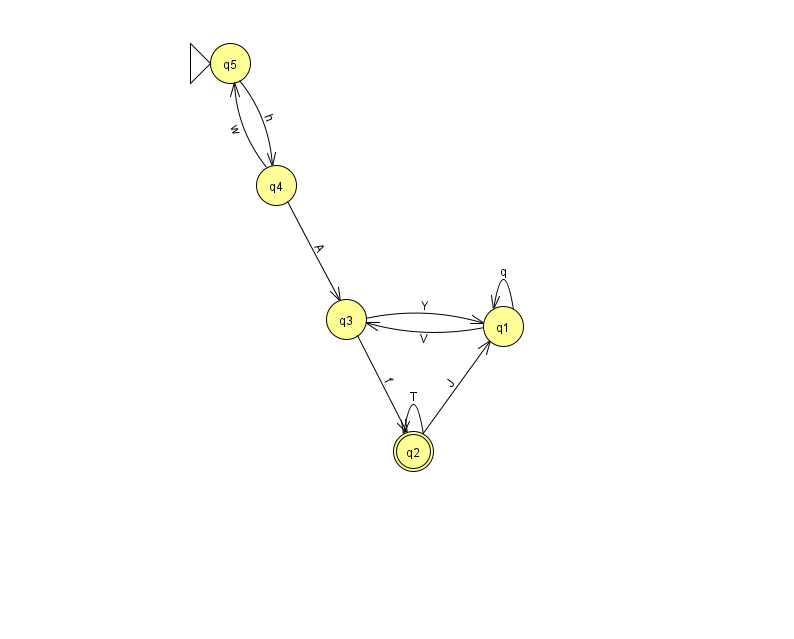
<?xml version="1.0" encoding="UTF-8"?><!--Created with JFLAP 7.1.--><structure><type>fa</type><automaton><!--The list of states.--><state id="1" name="q1"><x>503.0</x><y>313.0</y></state><state id="2" name="q2"><x>413.0</x><y>438.0</y><final/></state><state id="3" name="q3"><x>346.0</x><y>306.0</y></state><state id="4" name="q4"><x>276.0</x><y>172.0</y></state><state id="5" name="q5"><x>230.0</x><y>50.0</y><initial/></state><!--The list of transitions.--><transition><from>1</from><to>1</to><read>q</read></transition><transition><from>3</from><to>1</to><read>Y</read></transition><transition><from>5</from><to>4</to><read>h</read></transition><transition><from>2</from><to>2</to><read>T</read></transition><transition><from>3</from><to>2</to><read>f</read></transition><transition><from>4</from><to>5</to><read>w</read></transition><transition><from>1</from><to>3</to><read>V</read></transition><transition><from>2</from><to>1</to><read>J</read></transition><transition><from>4</from><to>3</to><read>A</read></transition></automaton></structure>